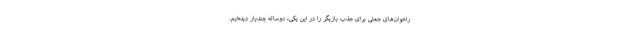
راخوان‌های جعلی برای جذب بازیگر را در این یکی، دوساله چندبار دیده‌ایم.